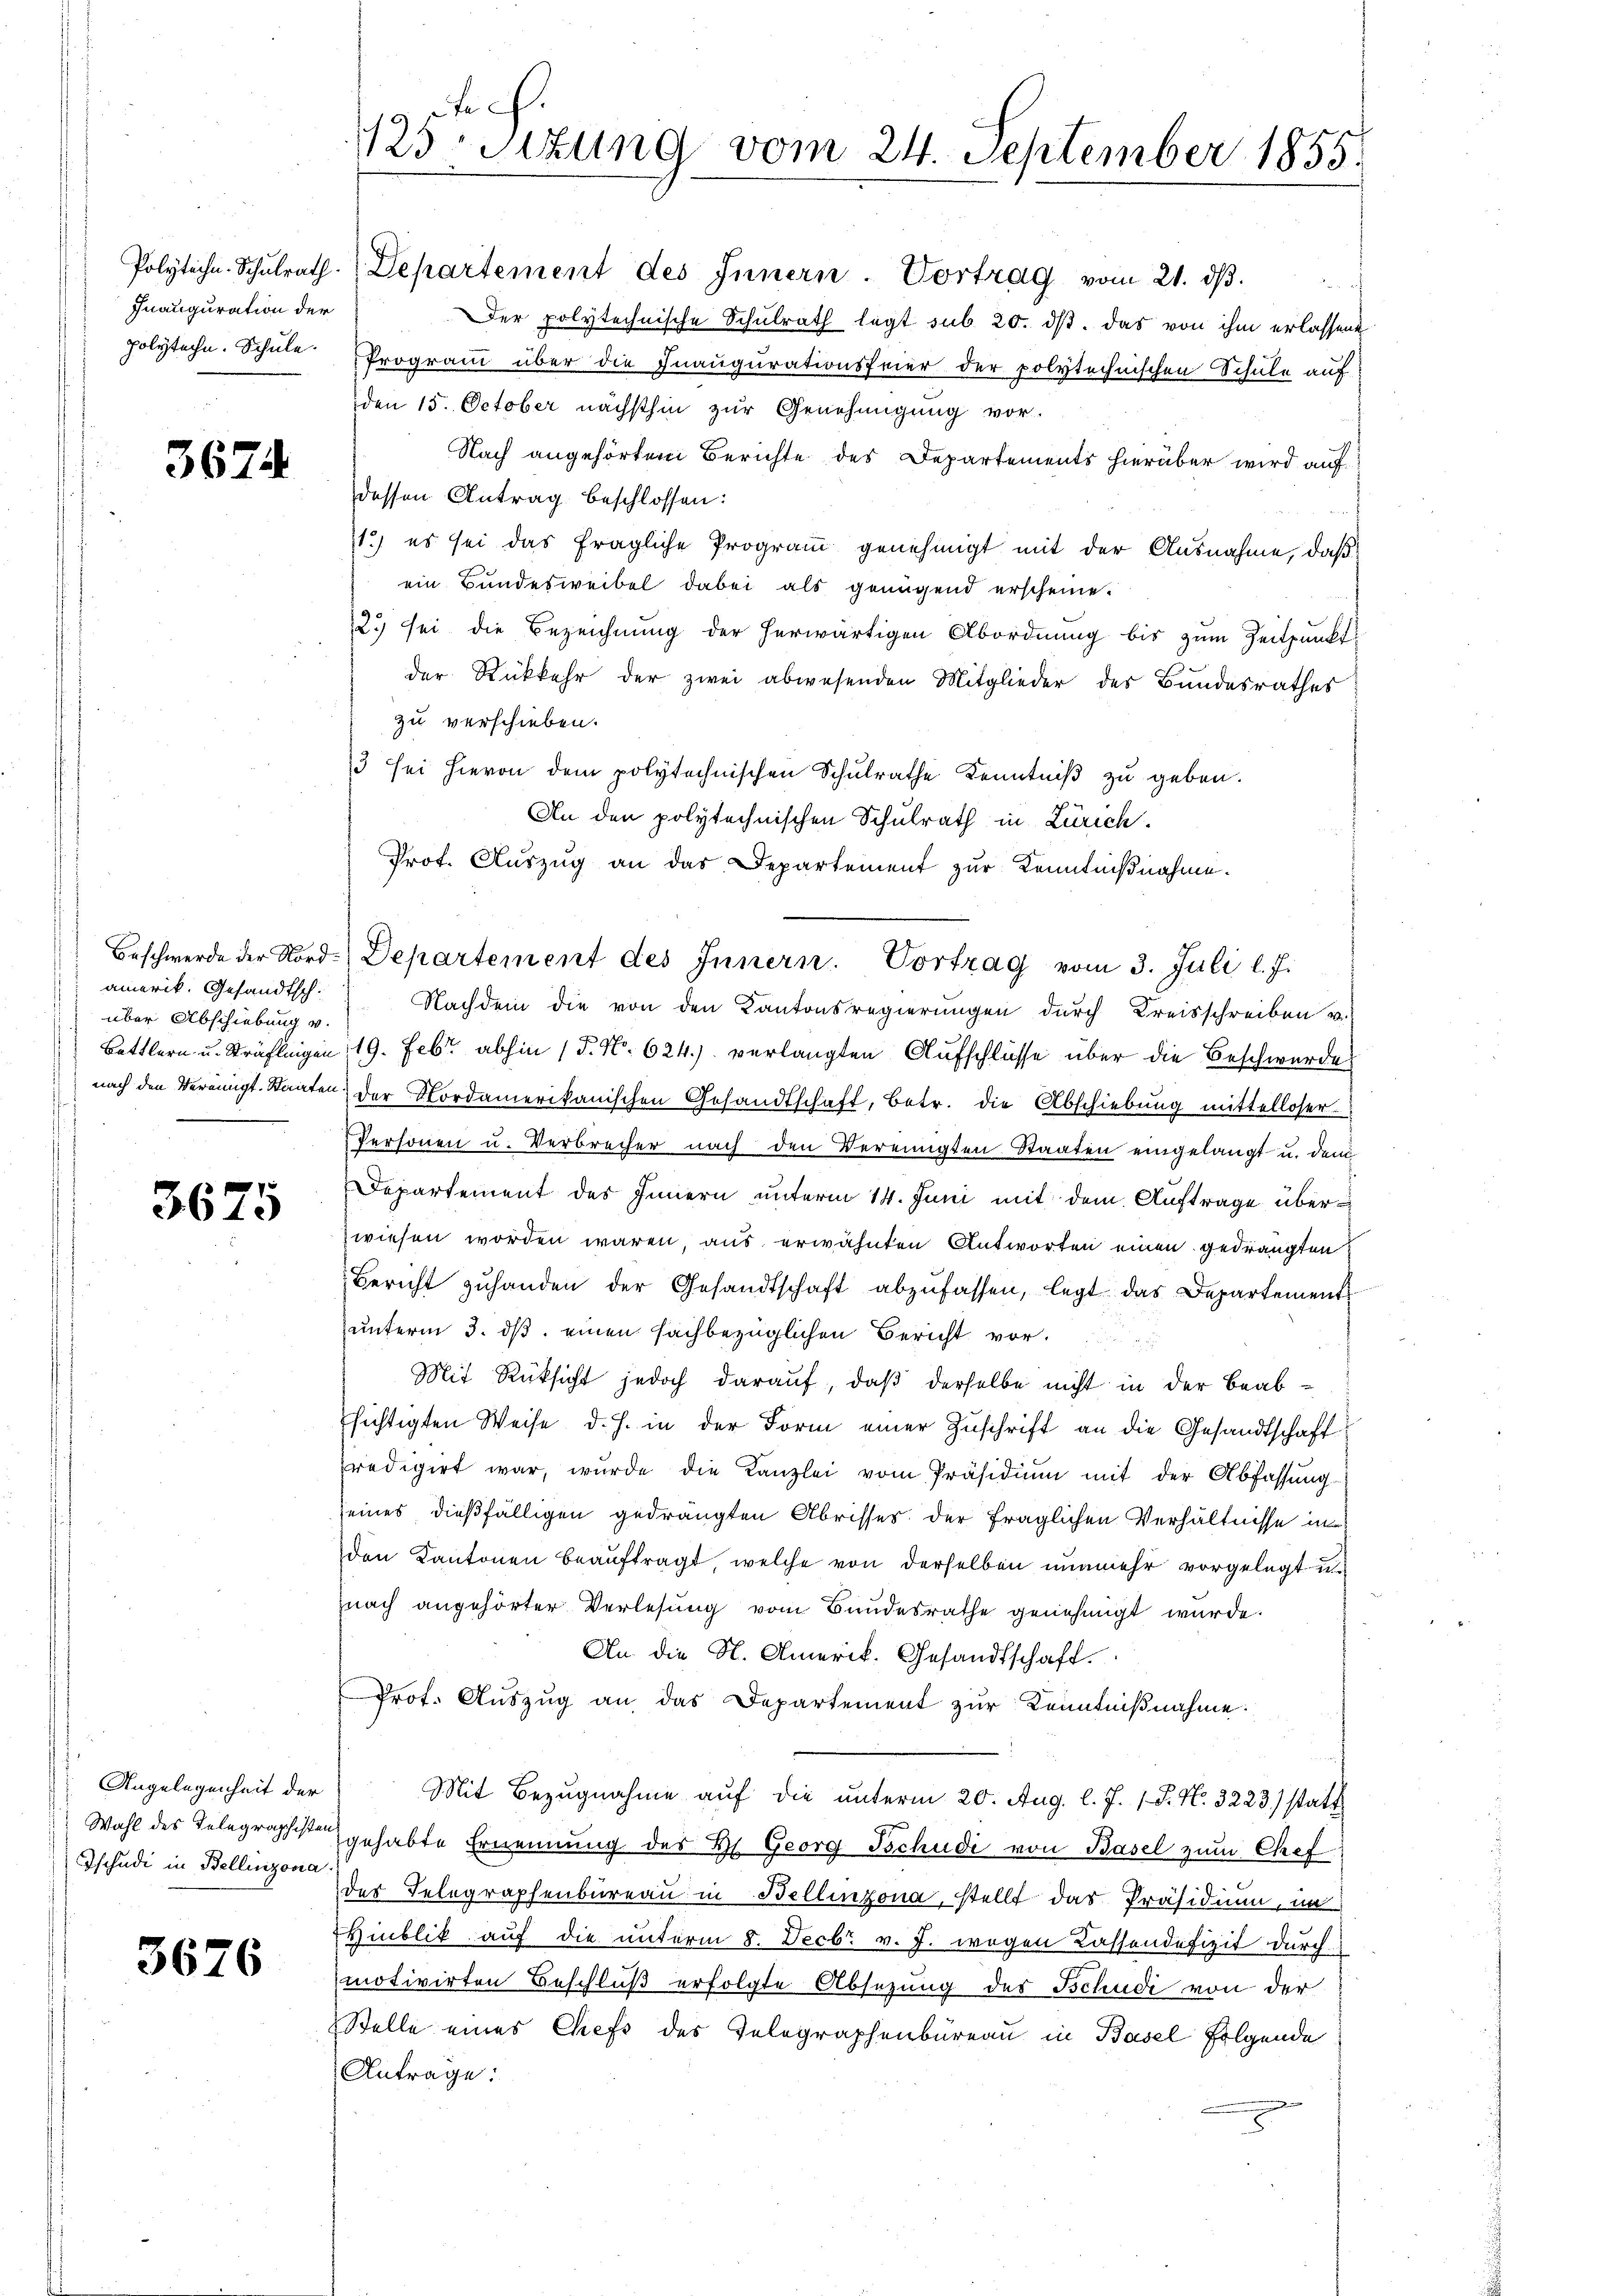
Fnauguration der

3674

Beschwerde der Nordamerik. Gesandtsch.
über Abschiebung v.
Bettlern u. Sträflingen
nach den Vereinigt. Staaten

3675

Angelegenheit der
Wahl des Telegraphister
Tschudi in Bellinzona

3676

s
.
125sizung vom 24. September 1855.

Polytechn. Schŭlrath. Departement des Innern. Vortrag vom 21. dβ.
Der polytechnische Schulrath legt sub 20. ds. das von ihm erlassene
polyteche. Schule Programm über die Inaugurationsfeier der polytechnischen Schule auf
den 15. October nächsthin zur Genehmigung vor-
Nach angehörtem Berichte des Departements hierüber wird auf
dessen Antrag beschlossen:
S 114
71.) es sei das fragliche Programm genehmigt mit der Ausnahme, daß
ein Bundesweibel dabei als genügend erscheine.
2.) sei die Bezeichnung der herwärtigen Abordnung bis zum Zeitpunkt
der Rückkehr der zwei abwesenden Mitglieder des Bundesrathes
zu verschieben.
13 sei hievon dem polytechnischen Schulrathe Kenntniβ zŭ geben.
An den polytechnischen Schulrath in Zürich.
Prof. Auszug an das Departement zur Kenntnißnahme.
Nachdem die von den Kantonsregierungen durch Kreisschreiben u.
19. Febr. abhin (T. No. 624.) verlangten Aufschlüsse über die Beschwerde
der Nordamerikanischen Gesandtschaft, betr. die Abschiebung mittelloser
Personen u. Verbrecher nach den Vereinigten Staaten eingelangt u. den
Departement des Innern unterm 14. Juni mit dem Auftrage überzwiesen worden wären, aus erwähnten Antworten einen gedrängten
Bericht zŭhanden der Gesandtschaft abzufassen, legt das Departement
unterm 3. ds. einen sachbezüglichen Bericht vor.
Mit Rüksicht jedoch darauf, daß derselbe nicht in der Beabhichtigten Weise d. h. in der Form einer Zuschrift an die Gesandtschaft
predigirt war, wurde die Kanzlei vom Präsidium mit der Abfassung
seines dießfälligen gedrängten Abrisses der fraglichen Verhältnisse in
den Kantonen beauftragt, welche von derselben nunmehr vorgelegt u.
nach angehörter Verlesung vom Bundesrathe genehmigt wurde.
An die N. Amerik. Gesandtschaft.
Prof. Auszug an das Departement zur Kenntnißnahme.
Mit Bezugnahme auf die unterm 20. Aug. l. J. 1 S. N. 3223) statt
gehabte Ernennung des Hs. Georg Tschudi von Basel zum Chef
des Telegraphenbureau in Bellinzona, stellt das Präsidium, in
Hinblik auf die unterm 8. Decbr v. J. wegen Kassendefizit durch
motivirten Beschluß erfolgte Absezung des Schudi von der
Stelle eines Chefs des Telegraphenbüreau in Basel folgende
Antrage:
n

Departement des Innern. Vortrag vom 3. Juli l. J.